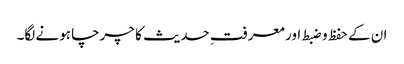
ان کے حفظ و ضبط اور معرفتِ حدیث کا چرچا ہونے لگا۔